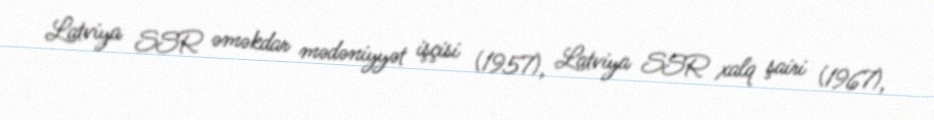
Latviya SSR əməkdar mədəniyyət işçisi (1957), Latviya SSR xalq şairi (1967),